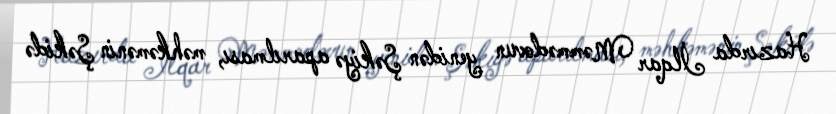
Hazırda İlqar Məmmədovun yenidən Şəkiyə aparılması, məhkəmənin Şəkidə